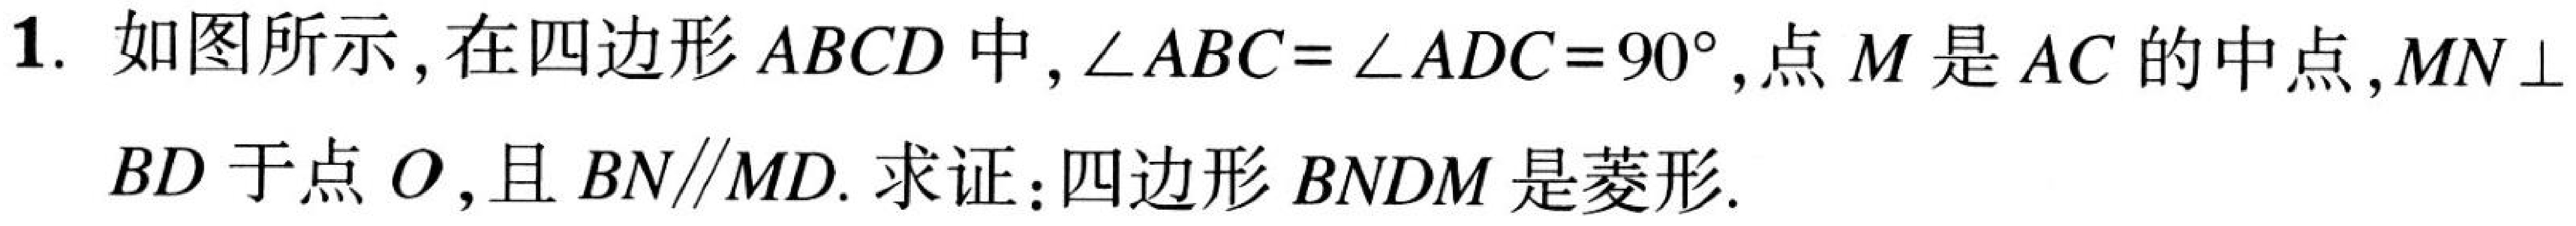
1. 如图所示,在四边形$ABCD$中,$\angle ABC = \angle ADC = 90^{\circ}$,点$M$是$AC$的中点,$MN\perp BD$于点$O$,且$BN\parallel MD$. 求证：四边形$BNDM$是菱形.